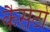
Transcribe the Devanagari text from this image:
कैसेटो